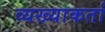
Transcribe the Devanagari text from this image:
व्यख्याकर्ता